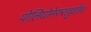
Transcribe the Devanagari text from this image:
पोलियोमेरुरज्जुशोथ